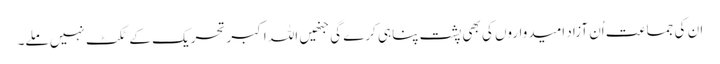
ان کی جماعت اُن آزاد امیدواروں کی بھی پشت پناہی کرے گی جنھیں اللہ اکبر تحریک کے ٹکٹ نہیں ملے۔